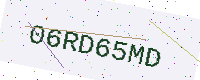
Text: 06RD65MD